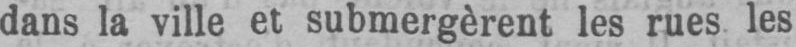
dans la ville et submergèrent les rues les